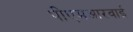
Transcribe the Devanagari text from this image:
पीएमआरवाई